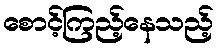
စောင့်ကြည့်နေသည့်